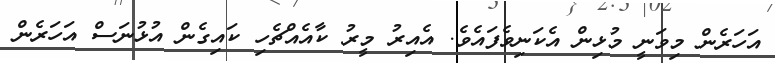
އަހަރެން މިވަނީ މުޅިން އެކަނިވެފައެވެ. އެއިރު މީރު ކާއެއްޗެހި ކައިގެން އުޅުނަސް އަހަރެން